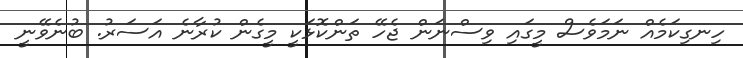
ހިނގިކަމެއް ނަމަވެސް މީގައި ވިސްނަން ޖެހޭ ތަންކޮޅަކީ މީގެން ކުރާނެ އަސަރު. ބުނެވޭނީ